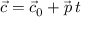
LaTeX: { \vec { c } } = { \vec { c } } _ { 0 } + { \vec { p } } \, t